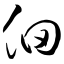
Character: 佃